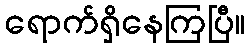
ရောက်ရှိနေကြပြီ။